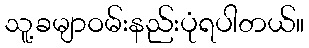
သူ့ခမျာဝမ်းနည်းပုံရပါတယ်။